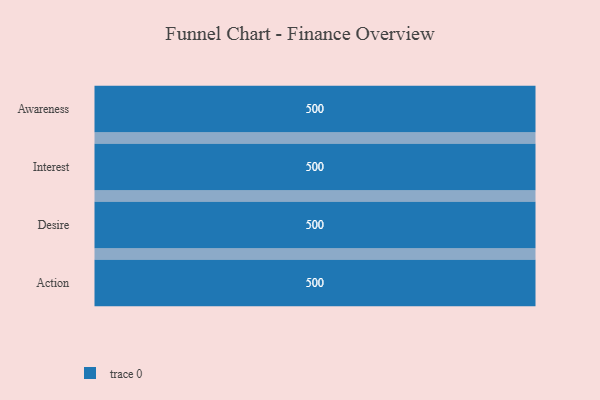
{"axis": {"x": "Stage", "y": "Value"}, "legend": [""], "data": [{"x": "Awareness", "y": 500, "type": ""}, {"x": "Interest", "y": 500, "type": ""}, {"x": "Desire", "y": 500, "type": ""}, {"x": "Action", "y": 500, "type": ""}]}